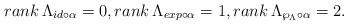
LaTeX: \begin{align*}rank\, \Lambda _{id\circ \alpha}=0, rank\, \Lambda_{exp\circ \alpha}=1,rank\, \Lambda_{\wp _\Lambda \circ \alpha}=2.\end{align*}